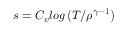
s = C _ { v } l o g \left( T / \rho ^ { \gamma - 1 } \right)